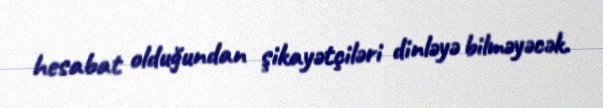
hesabat olduğundan şikayətçiləri dinləyə bilməyəcək.